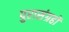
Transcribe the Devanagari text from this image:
पुरासंग्रहों